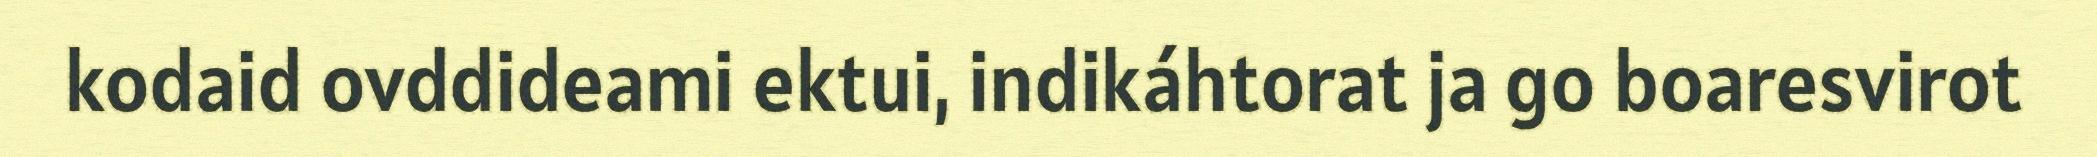
kodaid ovddideami ektui, indikáhtorat ja go boaresvirot